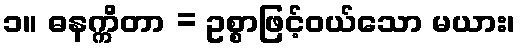
၁။ ဓနက္ကိတာ = ဥစ္စာဖြင့်ဝယ်သော မယား၊